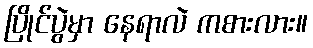
ပြိုင်ပွဲမှာ နေရာလဲ ကစားလား။